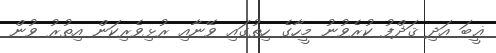
ޣީބަ އަދި ޤަޛްފު ކުރެވުނު މީހާގެ ހިތުގައި ވޭނާއި ރުޅިވެރިކަން އިތުރު ވުން